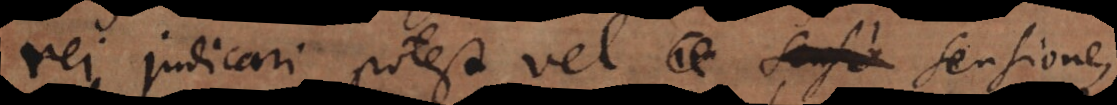
rei judicari potest vel sensione